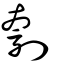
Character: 刳